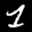
Label: 1